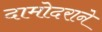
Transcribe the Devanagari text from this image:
दामोदराने